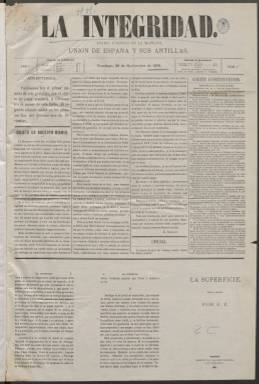
Título: La Integridad (Madrid)
Colección: Periódicos
Ámbito geográfico: Madrid
Lugar de publicación: Madrid
Fechas: 28/11/1869-23/03/1870